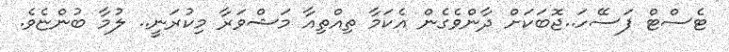
ޓެސްޓް ފަސޭހަ..ޖޮބަކަށް ދާންވެގެން އެކަމާ ތިއްތިއާ މަޝްވަރާ މިކުރަނީ.. ލުމާ ބުންޏެވެ.